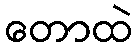
တောထဲ